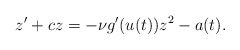
\begin{align*}z' + c z = - \nu g'(u(t))z^{2} - a(t).\end{align*}